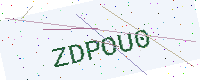
Text: ZDPOU0